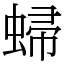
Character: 𧌈